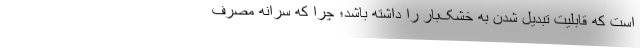
است که قابلیت تبدیل شدن به خشک‌بار را داشته باشد؛ چرا که سرانه مصرف